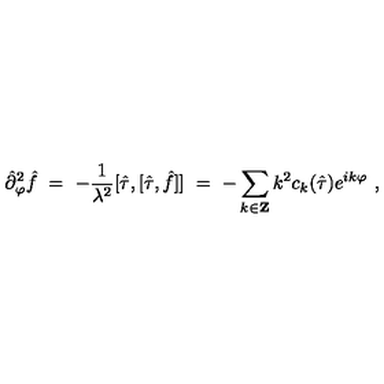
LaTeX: { \hat { \partial } } _ { \varphi } ^ { 2 } { \hat { f } } \ = \ - \frac { 1 } { \lambda ^ { 2 } } [ { \hat { \tau } } , [ { \hat { \tau } } , { \hat { f } } ] ] \ = \ - \sum _ { k \in { \bf Z } } k ^ { 2 } c _ { k } ( { \hat { \tau } } ) e ^ { i k \varphi } \ ,